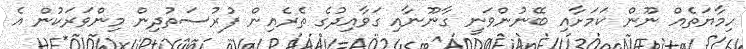
ހިމާޔަތެއް ނޫން ކަމަށާއި ބޭނުންވަނީ ގާނޫނާއި ގަވާއިދުގެ ތެރެއިން ފުރުސަތުދިން މިންވަރަކުން އެ